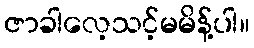
ဇာခါလေ့သင့်မမိန့်ပါ။